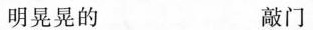
明晃晃的 敲门